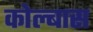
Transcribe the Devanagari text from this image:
कोल्बास